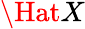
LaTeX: \Hat{X}